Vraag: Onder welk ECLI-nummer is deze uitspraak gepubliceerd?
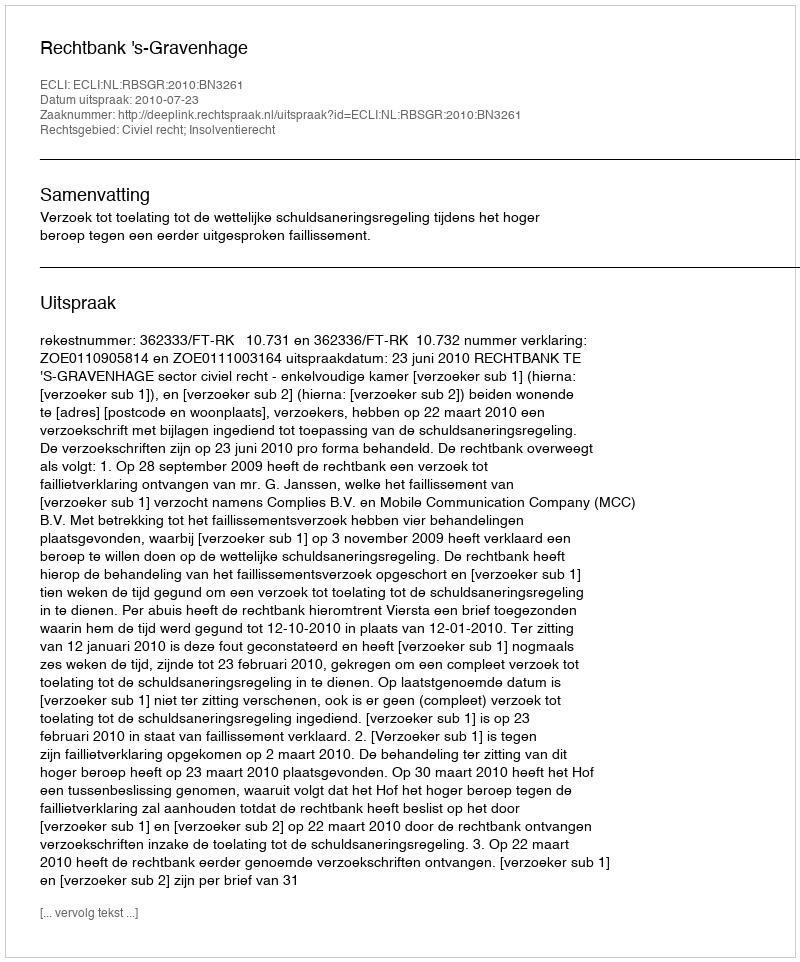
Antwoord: ECLI:NL:RBSGR:2010:BN3261